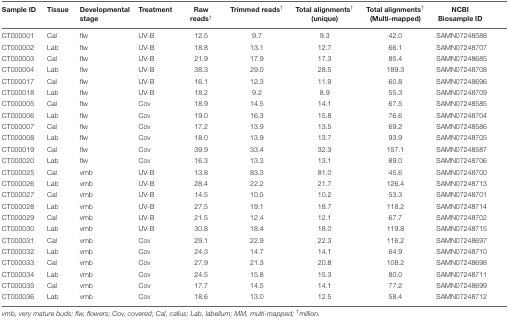
<table><thead><tr><td><b>Sample ID</b></td><td><b>Tissue</b></td><td><b>Developmental stage</b></td><td><b>Treatment</b></td><td><b>Raw reads<sup>†</sup></b></td><td><b>Trimmed reads<sup>†</sup></b></td><td><b>Total alignments<sup>†</sup> (unique)</b></td><td><b>Total alignments<sup>†</sup> (Multi-mapped)</b></td><td><b>NCBI Biosample ID</b></td></tr></thead><tbody><tr><td>CT000001</td><td>Cal</td><td>flw</td><td>UV-B</td><td>12.5</td><td>9.7</td><td>9.3</td><td>42.0</td><td>SAMN07248588</td></tr><tr><td>CT000002</td><td>Lab</td><td>flw</td><td>UV-B</td><td>18.8</td><td>13.1</td><td>12.7</td><td>66.1</td><td>SAMN07248707</td></tr><tr><td>CT000003</td><td>Cal</td><td>flw</td><td>UV-B</td><td>21.9</td><td>17.9</td><td>17.3</td><td>85.4</td><td>SAMN07248685</td></tr><tr><td>CT000004</td><td>Lab</td><td>flw</td><td>UV-B</td><td>38.3</td><td>29.0</td><td>28.5</td><td>189.3</td><td>SAMN07248708</td></tr><tr><td>CT000017</td><td>Cal</td><td>flw</td><td>UV-B</td><td>16.1</td><td>12.3</td><td>11.9</td><td>60.8</td><td>SAMN07248696</td></tr><tr><td>CT000018</td><td>Lab</td><td>flw</td><td>UV-B</td><td>18.2</td><td>9.2</td><td>8.9</td><td>55.3</td><td>SAMN07248709</td></tr><tr><td>CT000005</td><td>Cal</td><td>flw</td><td>Cov</td><td>18.9</td><td>14.5</td><td>14.1</td><td>67.5</td><td>SAMN07248585</td></tr><tr><td>CT000006</td><td>Lab</td><td>flw</td><td>Cov</td><td>19.0</td><td>16.3</td><td>15.8</td><td>76.6</td><td>SAMN07248704</td></tr><tr><td>CT000007</td><td>Cal</td><td>flw</td><td>Cov</td><td>17.2</td><td>13.9</td><td>13.5</td><td>69.2</td><td>SAMN07248586</td></tr><tr><td>CT000008</td><td>Lab</td><td>flw</td><td>Cov</td><td>18.0</td><td>13.9</td><td>13.7</td><td>93.9</td><td>SAMN07248705</td></tr><tr><td>CT000019</td><td>Cal</td><td>flw</td><td>Cov</td><td>39.9</td><td>33.4</td><td>32.3</td><td>157.1</td><td>SAMN07248587</td></tr><tr><td>CT000020</td><td>Lab</td><td>flw</td><td>Cov</td><td>16.3</td><td>13.3</td><td>13.1</td><td>89.0</td><td>SAMN07248706</td></tr><tr><td>CT000025</td><td>Cal</td><td>vmb</td><td>UV-B</td><td>13.8</td><td>83.3</td><td>81.0</td><td>45.6</td><td>SAMN07248700</td></tr><tr><td>CT000026</td><td>Lab</td><td>vmb</td><td>UV-B</td><td>28.4</td><td>22.2</td><td>21.7</td><td>126.4</td><td>SAMN07248713</td></tr><tr><td>CT000027</td><td>Cal</td><td>vmb</td><td>UV-B</td><td>14.5</td><td>10.5</td><td>10.2</td><td>53.3</td><td>SAMN07248701</td></tr><tr><td>CT000028</td><td>Lab</td><td>vmb</td><td>UV-B</td><td>27.5</td><td>19.1</td><td>18.7</td><td>118.2</td><td>SAMN07248714</td></tr><tr><td>CT000029</td><td>Cal</td><td>vmb</td><td>UV-B</td><td>21.5</td><td>12.4</td><td>12.1</td><td>67.7</td><td>SAMN07248702</td></tr><tr><td>CT000030</td><td>Lab</td><td>vmb</td><td>UV-B</td><td>30.8</td><td>18.4</td><td>18.0</td><td>119.8</td><td>SAMN07248715</td></tr><tr><td>CT000031</td><td>Cal</td><td>vmb</td><td>Cov</td><td>29.1</td><td>22.9</td><td>22.3</td><td>116.2</td><td>SAMN07248697</td></tr><tr><td>CT000032</td><td>Lab</td><td>vmb</td><td>Cov</td><td>24.3</td><td>14.7</td><td>14.1</td><td>64.9</td><td>SAMN07248710</td></tr><tr><td>CT000033</td><td>Cal</td><td>vmb</td><td>Cov</td><td>27.9</td><td>21.3</td><td>20.8</td><td>108.2</td><td>SAMN07248698</td></tr><tr><td>CT000034</td><td>Lab</td><td>vmb</td><td>Cov</td><td>24.5</td><td>15.8</td><td>15.3</td><td>80.0</td><td>SAMN07248711</td></tr><tr><td>CT000035</td><td>Cal</td><td>vmb</td><td>Cov</td><td>17.7</td><td>14.5</td><td>14.1</td><td>77.2</td><td>SAMN07248699</td></tr><tr><td>CT000036</td><td>Lab</td><td>vmb</td><td>Cov</td><td>18.6</td><td>13.0</td><td>12.5</td><td>58.4</td><td>SAMN07248712</td></tr></tbody></table>